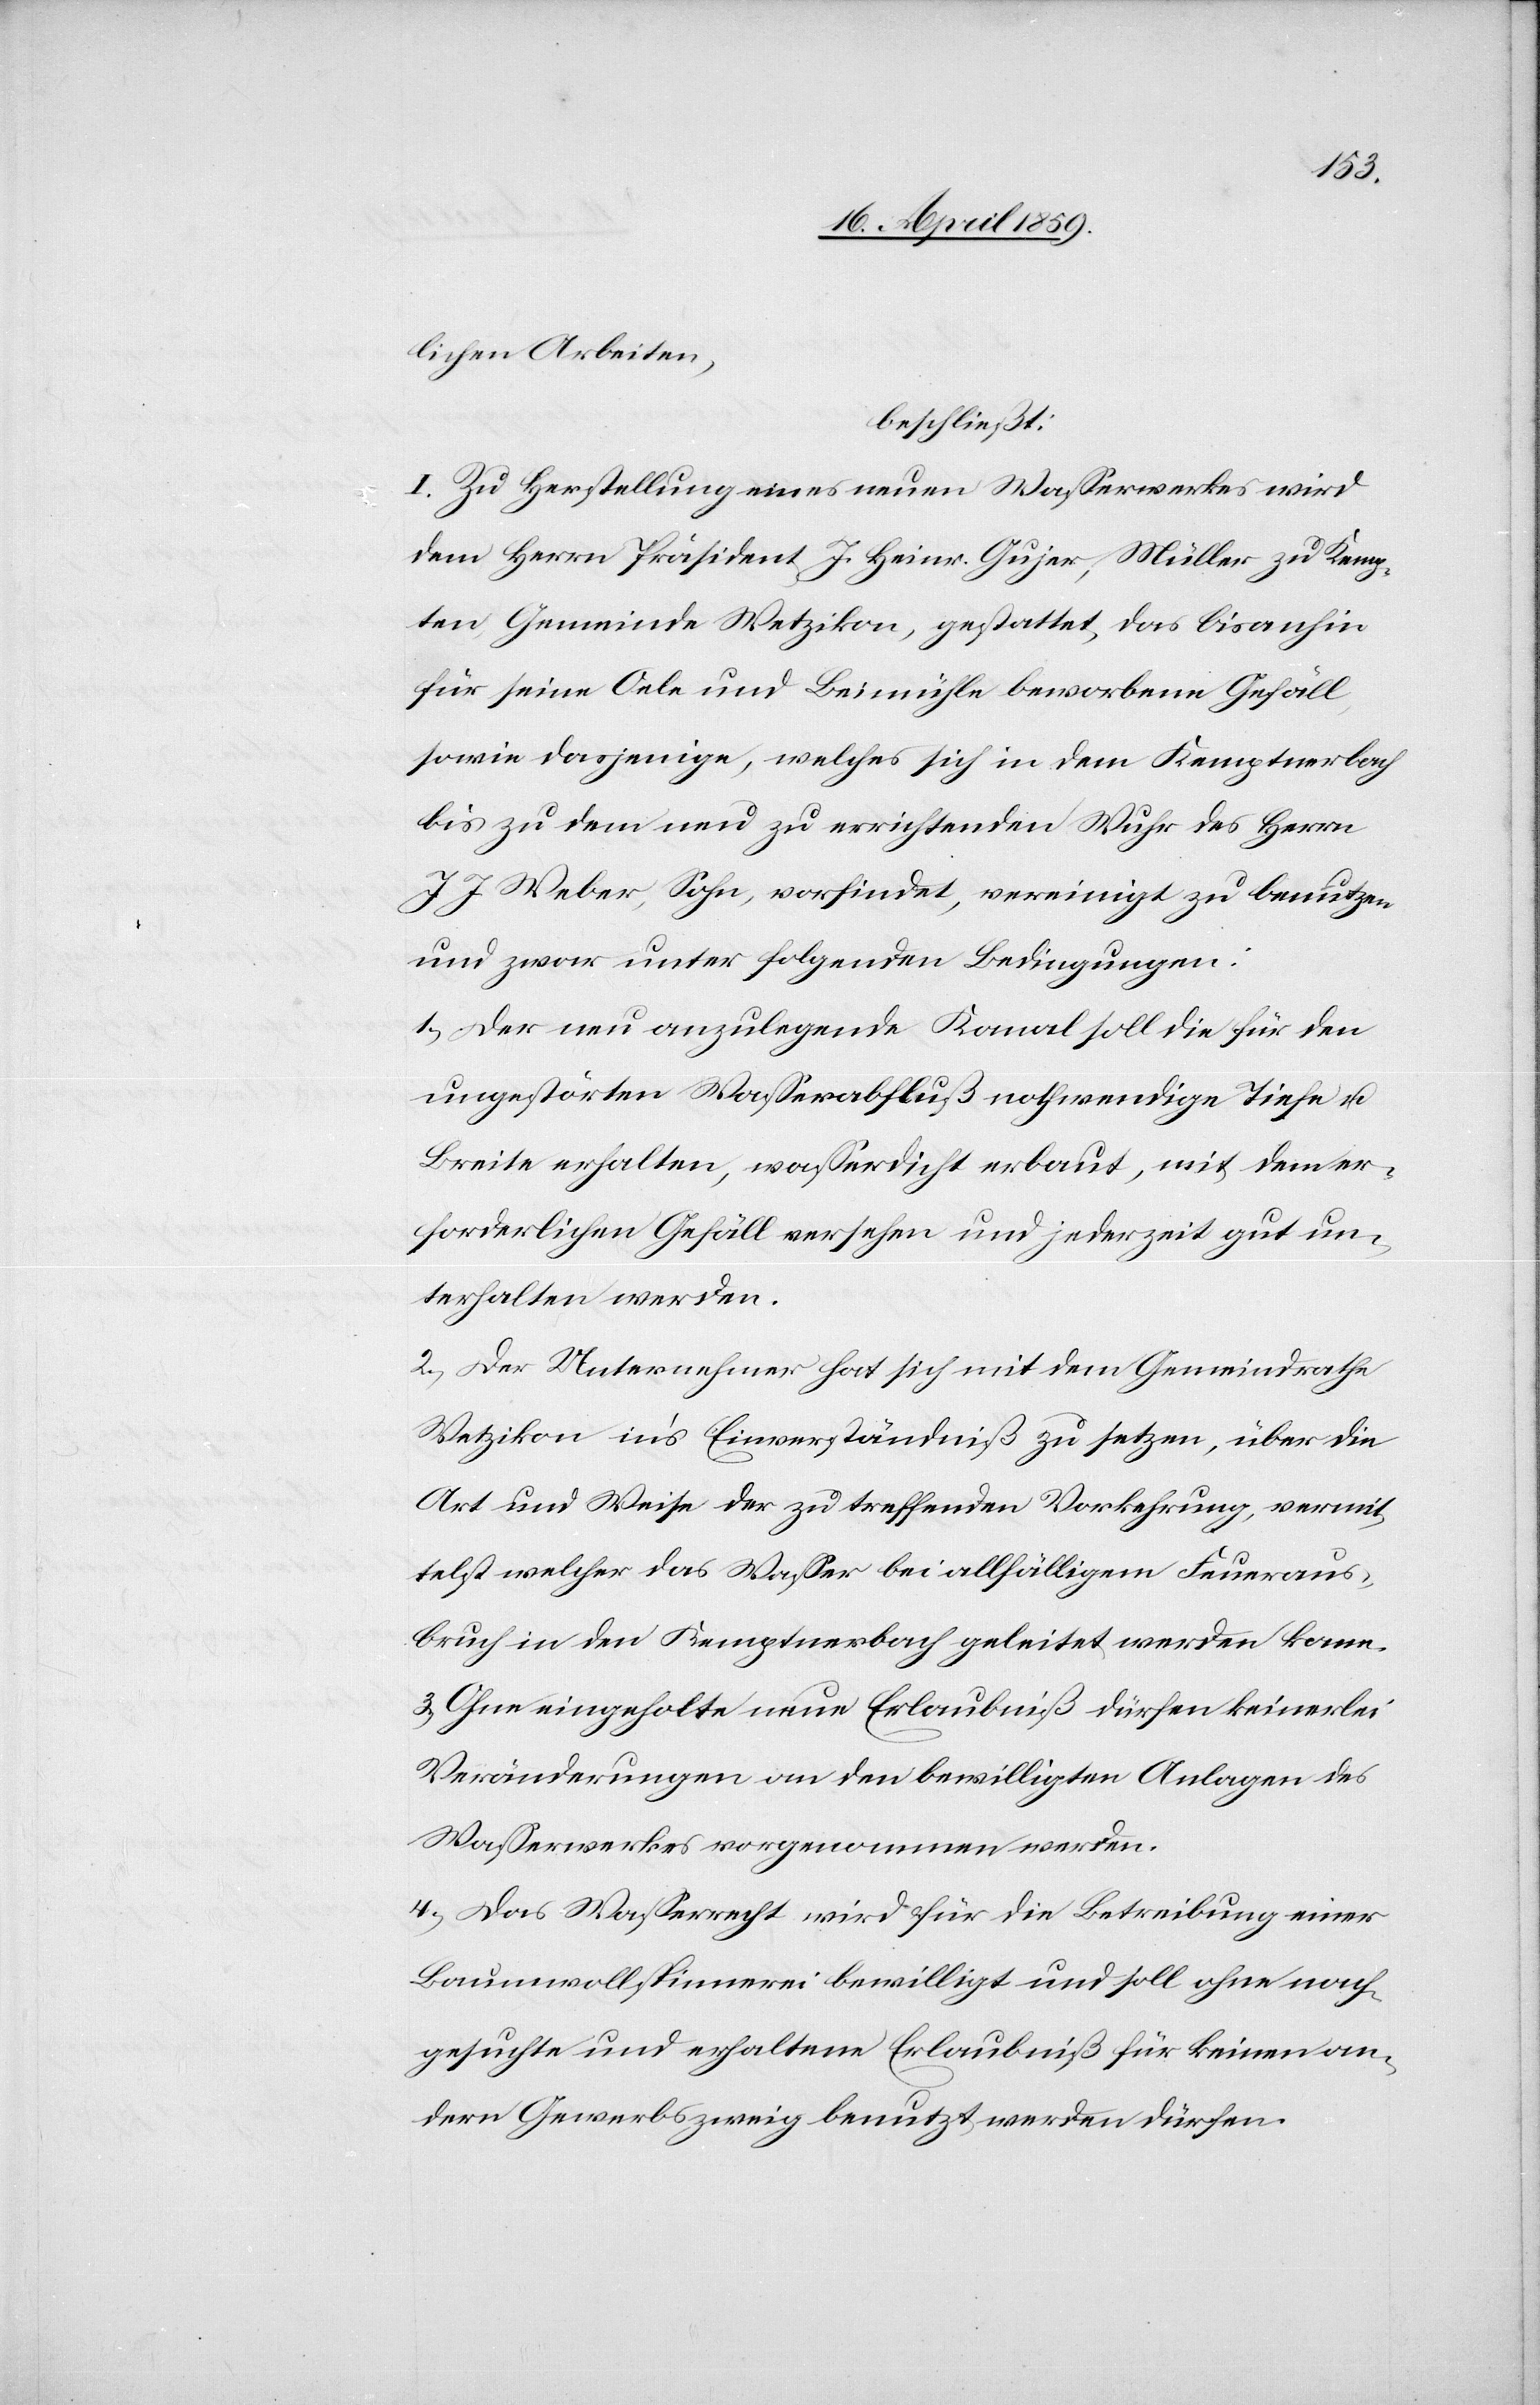
lichen Arbeiten,
beschließt:
I. Zu Herstellung eines neuen Waßerwerkes wird
dem Herrn Präsident J. Heinr. Gujer, Müller zu Kemp¬
ten, Gemeinde Wetzikon, gestattet das bisanhin
für seine Oele und Beimühle beworbene Gefäll,
sowie dasjenige, welches sich in dem Kemptnerbach
bis zu dem neu zu errichtenden Wuhr des Herrn
J. J. Weber, Sohn, vorfindet, vereinigt zu benutzen
und zwar unter folgenden Bedingungen:
1) Der neu anzulegende Kanal soll die für den
ungestörten Waßerabfluß nothwendige Tiefe u.
Breite erhalten, waßerdicht erbaut, mit dem er¬
forderlichen Gefäll versehen und jederzeit gut un¬
terhalten werden.
2) Der Unternehmer hat sich mit dem Gemeindrathe
Wetzikon ins Einverständniß zu setzen, über die
Art und Weise der zu treffenden Vorkehrung, vermit¬
telst welcher das Waßer bei allfälligem Feueraus¬
bruch in den Kemptnerbach geleitet werden kann.
3) Ohne eingeholte neue Erlaubniß dürfen keinerlei
Veränderungen an den bewilligten Anlagen des
Waßerwerkes vorgenommen werden.
4) Das Waßerrecht wird für die Betreibung einer
Baumwollspinnerei bewilligt und soll ohne nach¬
gesuchte und erhaltene Erlaubniß für keinen an¬
dern Gewerbszweig benutzt werden dürfen.